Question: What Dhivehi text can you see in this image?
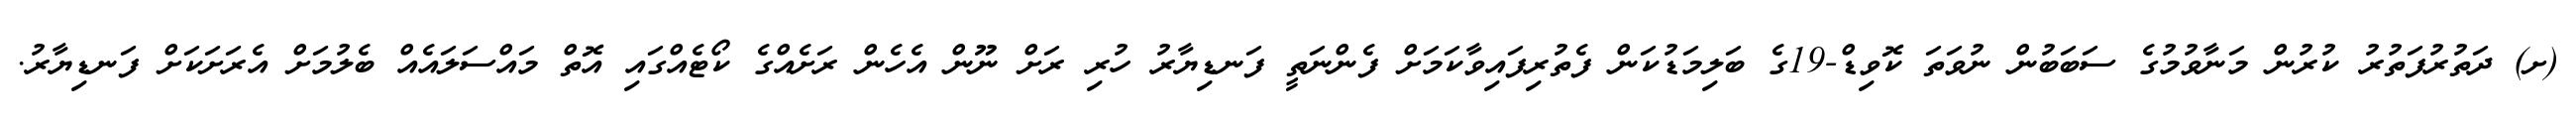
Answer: (ށ) ދަތުރުފަތުރު ކުރުން މަނާވުމުގެ ސަބަބުން ނުވަތަ ކޮވިޑް-19ގެ ބަލިމަޑުކަން ފެތުރިފައިވާކަމަށް ފެންނަތީ ފަނޑިޔާރު ހުރި ރަށް ނޫން އެހެން ރަށެއްގެ ކޯޓެއްގައި އޮތް މައްސަލައެއް ބެލުމަށް އެރަށަކަށް ފަނޑިޔާރު.